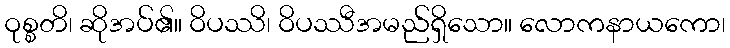
ဝုစ္စတိ၊ ဆိုအပ်၏။ ဝိပဿိ၊ ဝိပဿီအမည်ရှိသော။ လောကနာယကော၊